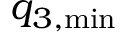
q _ { 3 , \mathrm { m i n } }